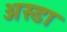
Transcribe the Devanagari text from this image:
अस्डा